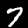
Label: 7